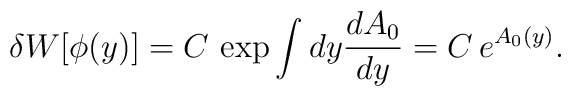
\delta W [\phi (y)]= C\, \exp  \int dy \frac{dA_0}{dy}= C\, e^{A_0 (y)}.